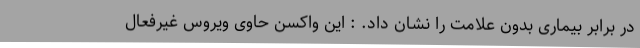
در برابر بیماری بدون علامت را نشان داد. : این واکسن حاوی ویروس غیرفعال